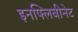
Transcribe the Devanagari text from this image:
इनफ्लिबीनेट